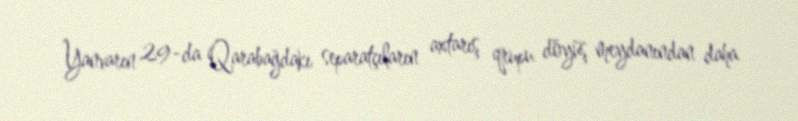
Yanvarın 29-da Qarabağdakı separatçıların axtarış qrupu döyüş meydanından daha